Supplement to the account of plague administration in the Bombay Presidency from September 1896 till May 1897
Year: 1896
Disease focus: Plague
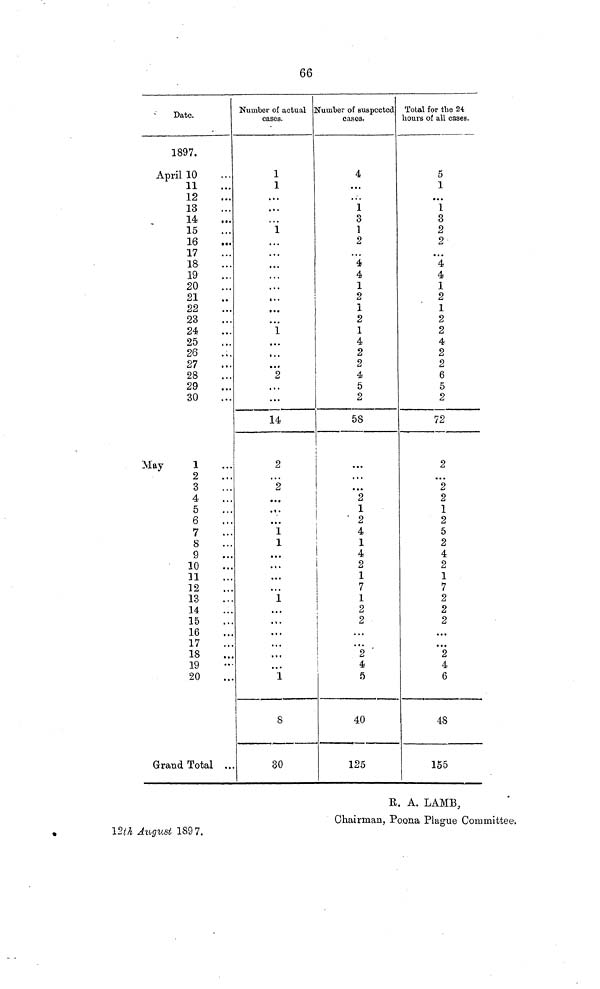
66
Date.
1897.
April 10
11
12 13
14
15
16
17
18
19
20
21
22
23
24
25
26
27
28
29
30
May
1
2
3
4
5
6
7
8
9
10
11
12
13
14
15
16
17
18
19
20
Grand Total
12th August 1897.
…
…
… …
…
…
…
…
…
…
…
…
…
…
…
…
…
…
…
…
…
…
…
…
…
…
…
…
…
…
…
…
…
…
…
…
…
…
…
…
Number of actual
cases.
1
1
… …
…
1
…
…
…
…
…
…
…
…
1
…
…
…
2
…
…
14
2
…
2
…
…
…
1
1
…
…
…
…
1
…
…
…
…
…
…
1
8
30
Number of suspected
cases.
4
…
… 1
3
1
2
…
4
4
1
2
1
2
1
4
2
2
4
5
2
58
…
…
…
2
1
2
4
1
4
2
1
7
1
2
2
…
…
2
4
5
40
125
Total for the 24
hours of all cases.
5
1
… 1
3
2
2
…
4
4
1
2
1
2
2
4
2
2
6
5
2
72
2
…
2
2
1
2
5
2
4
2
1
7
2
2
2
…
…
2
4
6
48
155
R. A. LAMB,
Chairman. Poona Plague Committee.